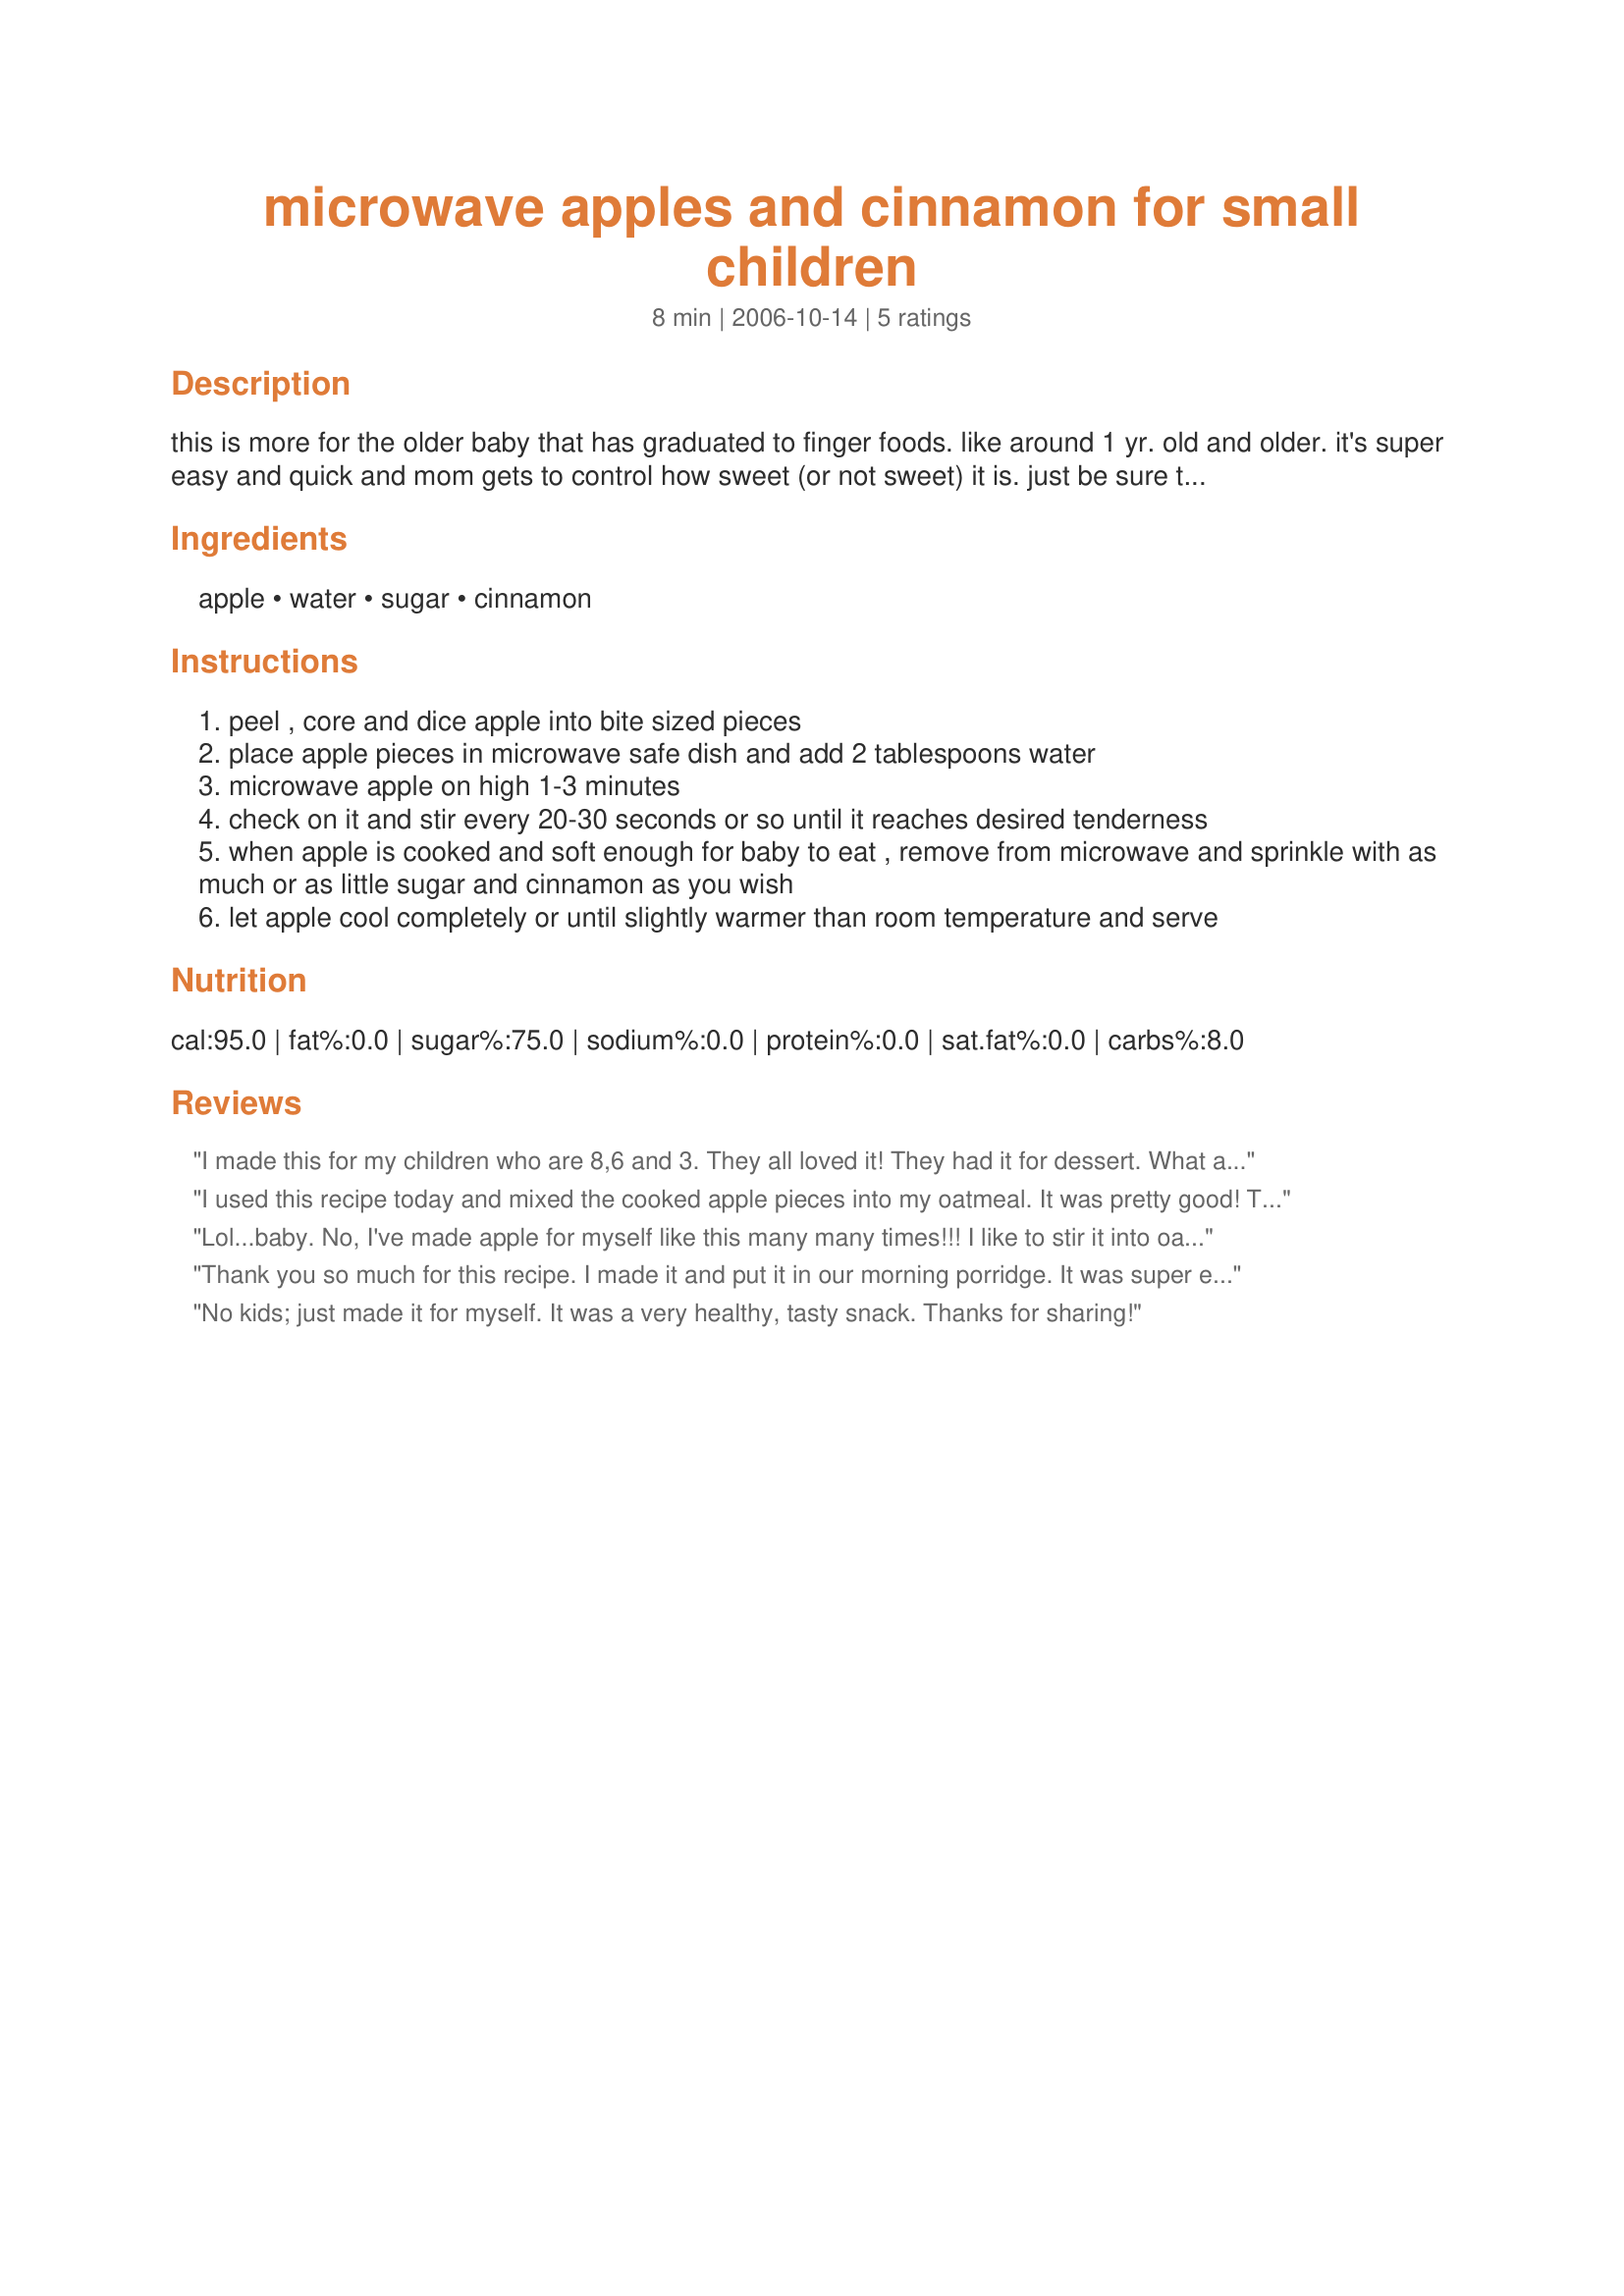
microwave apples and cinnamon for small children
Preparation time: 8 minutes

this is more for the older baby that has graduated to finger foods. like around 1 yr. old and older. it's super easy and quick and mom gets to control how sweet (or not sweet) it is. just be sure to cool completely before serving. (don't wan't to burn little ones hands or mouth!) i've even been guilty of snacking on this myself! i use about a medium sized apple that is good for baking.

Ingredients:
apple, water, sugar, cinnamon

Steps:
peel , core and dice apple into bite sized pieces
place apple pieces in microwave safe dish and add 2 tablespoons water
microwave apple on high 1-3 minutes
check on it and stir every 20-30 seconds or so until it reaches desired tenderness
when apple is cooked and soft enough for baby to eat , remove from microwave and sprinkle with as much or as little sugar and cinnamon as you wish
let apple cool completely or until slightly warmer than room temperature and serve

Reviews:
I made this for my children who are 8,6 and 3. They all loved it! They had it for dessert. What a nice healthy dessert! Mom even liked it!! I will definatley make this often! Thanks for a fabulous recipe!
I used this recipe today and mixed the cooked apple pieces into my oatmeal. It was pretty good! Thanks!
Lol...baby. No, I've made apple for myself like this many many times!!! I like to stir it into oatmeal, try it sometime!
Thank you so much for this recipe. I made it and put it in our morning porridge. It was super easy and so tastey. My two year old loved it too. We added some maple syrup as well and it was delicious. The only change I made was to grate the apple instead of dicing it. What a wonderful easy way to add fruit to our diet. I am going to experiment with other fruits now.
No kids; just made it for myself. It was a very healthy, tasty snack. Thanks for sharing!
